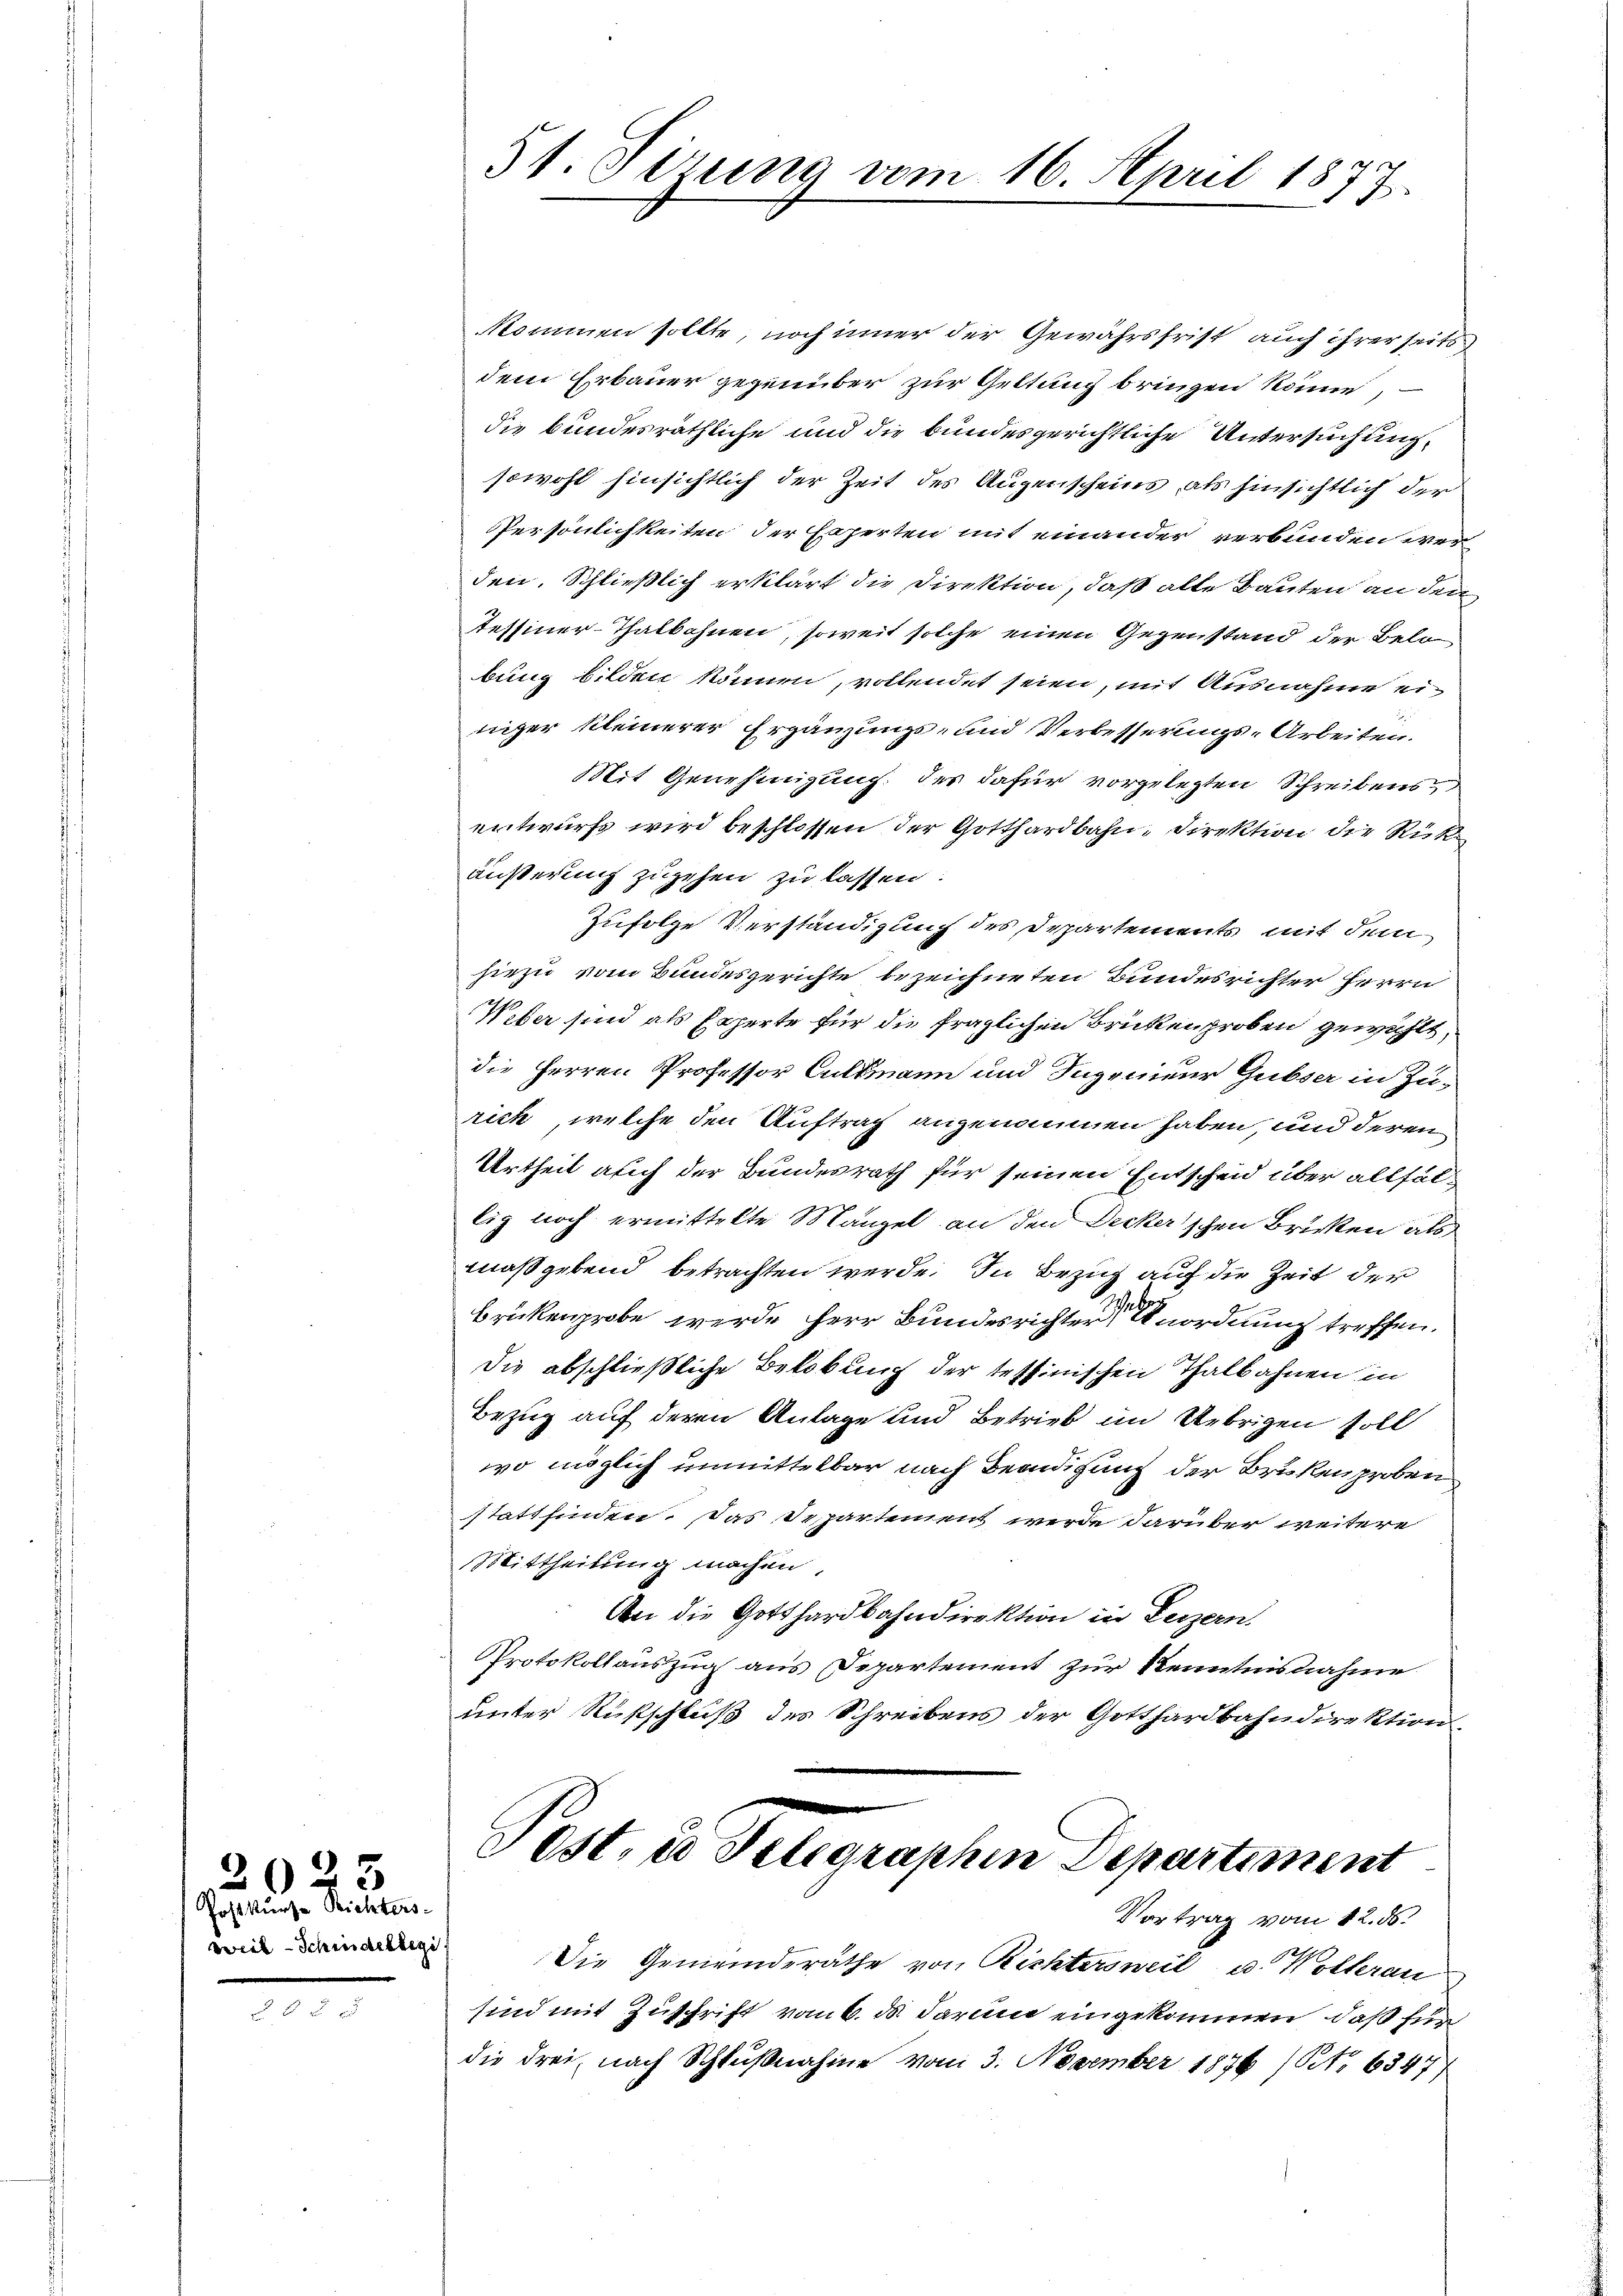
2023
Post kurze Richters
weil - Schindellegi

kommen sollte, noch inner der Gewährsfrist auch ihrer seits
dem Erbauer gegenüber zur Geltung bringen könne,
die bundesräthliche und die bundesgerichtliche Untersuchung,
sowohl hinsichtlich der Zeit des Augenscheins, als hinsichtlich der
Persönlichkeiten der Experten mit einander verbunden werden, Schließlich erklärt die Direktion, daß alle Bauten an den
tessiner-Thalbahnen, soweit solche einen Gegenstand der Belo
bung bilden können, vollendet seien, mit Ausnahme einiger kleinerer Ergänzungs- und Verbesserungs-Arbeiten.
Mit Genehmigung des dafür vorgelegten Schreibens
entwurfs wird beschlossen der Gotthardbahn, Direktion die Rick
äußerung zugehen zu lassen:
Zufolge Verständigung des Departements mit dem
hiezu vom Bundesgerichte bezeichneten Bundesrichter Herrn
Weber sind als Experte für die fraglichen Brüken groben gewählt,
die Herren Professor Cultmann und Ingenieur Gubser in Zurich, welche den Auftrag angenommen haben, und deren
Urtheil auch der Bundesrath für seinen Entscheid über allfällig noch ermittelte Mangel an den Decker'schen Brücken als
maßgebend betrachten werde. In Bezug auf die Zeit der
Brükenprobe werde Herr Bundesrichter Anordnung treffen.
Die abschließliche Bekobung der tessinischen Thalbahnen in
Bezug auf deren Anlage und Betrieb im Uebrigen soll
wo möglich unmittelbar nach Beendigung der Brükenproben
stattfinden. Das Departement werde darüber weitere
Mittheilung machen,
An die Gotthardbahndirektion in Feizern,
Protokollauszug aus Departement zur Kenntnisnahme
unter Russchluß des Schreibens der Gotthardbahndirektion
Post, es Telegraphen Departement
Vortrag vom 12. ds.
Die Gemeinderäthe von Richtersweil u. Wollerau
sind mit Zuschrift vom 6. ds. darum eingekommen, daß für
die drei, nach Schlußnahme vom 3. November 1876 (Art. 6347/

51. Sirung vom 16. April 1877.